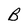
Character: B